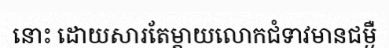
នោះ ដោយសារតែម្តាយលោកជំទាវមានជម្ងឺ